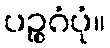
ပဉ္စဂံပုံ။